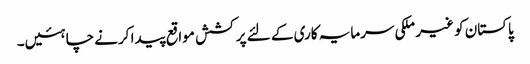
پاکستان کو غیر ملکی سرمایہ کاری کے لئے پرکشش مواقع پیدا کرنے چاہئیں۔